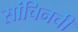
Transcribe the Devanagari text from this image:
सांचिनची